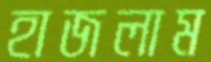
হাজলাম